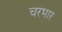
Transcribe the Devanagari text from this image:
चरभार